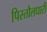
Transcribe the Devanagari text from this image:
पिस्तौलधारी